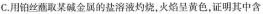
C.用铂丝施取某碱金属的盐溶液灼烧，火焰呈黄色，证明其中含